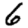
Digit: 6